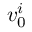
v _ { 0 } ^ { i }